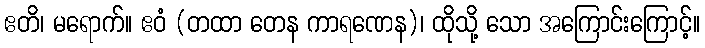
ဧတိ၊ မရောက်။ ဧဝံ (တထာ တေန ကာရဏေန)၊ ထိုသို့ သော အကြောင်းကြောင့်။